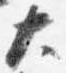
大